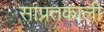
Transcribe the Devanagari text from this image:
सांप्रतकाली